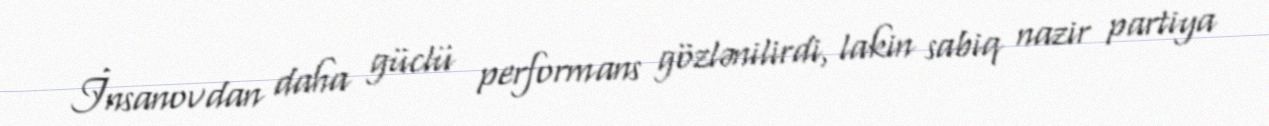
İnsanovdan daha güclü performans gözlənilirdi, lakin sabiq nazir partiya